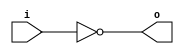
`timescale 1ns / 1ps
//////////////////////////////////////////////////////////////////////////////////
// Company: 
// Engineer: 
// 
// Design Name: 
// Module Name: MyNotGate
// Project Name: 
// Target Devices: 
// Tool Versions: 
// Description: 
// 
// Dependencies: 
// 
// Revision:
// Revision 0.01 - File Created
// Additional Comments:
// 
//////////////////////////////////////////////////////////////////////////////////


module MyNotGate(
    i,
    o
    );
    input i;
    output o;
    assign o = ~i;
endmodule